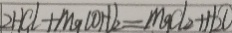
2 H C l + M g ( O H ) _ { 2 } = m g C l _ { 2 } + H _ { 2 } O